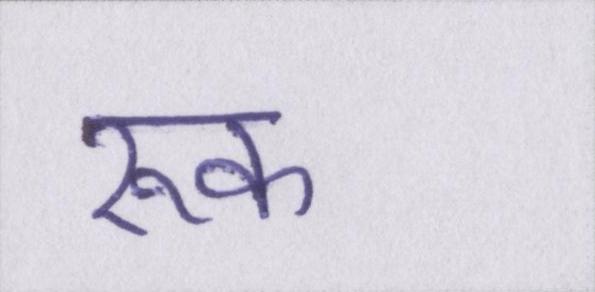
रूक